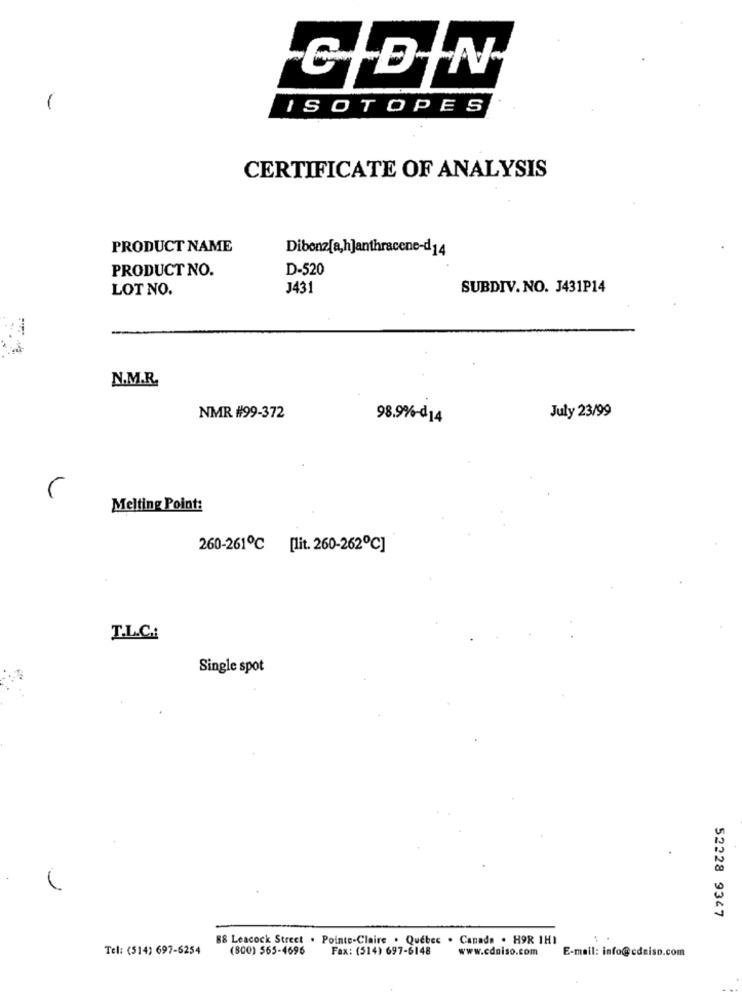
CDIN
ISOTOPES
CERTIFICATE OF ANALYSIS
PRODUCT NAME
Dibonzfa,h]anthracene-d 14
PRODUCT NO.
D-520
LOT NO.
J431
SUBDIV. NO. J431P14
N.M.R.
July 23/99
NMR #99-372
98.9%-d14
Melting Point:
260-261℃ [lit. 260-262℃]
T.L.C.
Single spot
52228 9347
88 Leacock Street . Pointe-Claire . Quebec . Canada . H9R 1HI
Tel: (514) 697-6254
(800) 565-4696
Fax: (514) 697-6148
www.cdniso.com
E-mail: info@cdniso.com